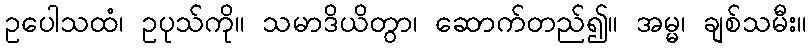
ဥပေါသထံ၊ ဥပုသ်ကို။ သမာဒိယိတွာ၊ ဆောက်တည်၍။ အမ္မ၊ ချစ်သမီး။